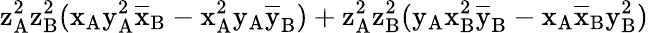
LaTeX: \mathrm{z_{A}^{2}\mathrm{z_{B}^{2}(\mathrm{x_{A}\mathrm{y_{A}^{2}\mathrm{\overline{{x}}_{B}-\mathrm{x_{A}^{2}\mathrm{y_{A}\mathrm{\overline{{y}}_{B})+\mathrm{z_{A}^{2}\mathrm{z_{B}^{2}(\mathrm{y_{A}\mathrm{x_{B}^{2}\mathrm{\overline{{y}}_{B}-\mathrm{x_{A}\mathrm{\overline{{x}}_{B}\mathrm{y_{B}^{2})}}}}}}}}}}}}}}}}